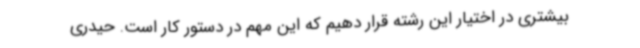
بیشتری در اختیار این رشته قرار دهیم که این مهم در دستور کار است. حیدری